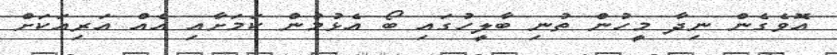
އޮވެގެން ނިދާ މީހުން ތުނި ބާލީހުގައި ބޯ އެޅުމުން ކަމަށާއި އެއް އަރިއަކަށް